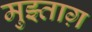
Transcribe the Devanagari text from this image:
मुझ्ताग़